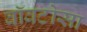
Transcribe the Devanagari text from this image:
वॉवटोसा